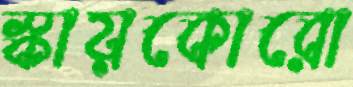
স্কায়কোরো